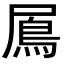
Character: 䲩